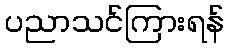
ပညာသင်ကြားရန်